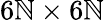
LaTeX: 6\mathbb{N}\times6\mathbb{N}